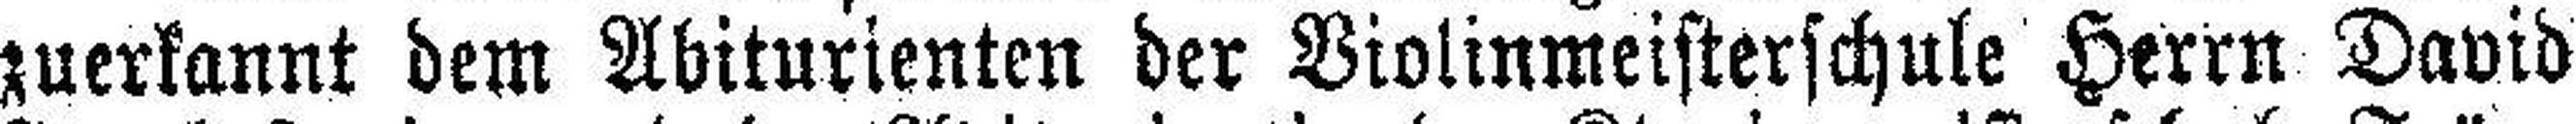
zuerkannt dem Abiturienten der Violinmeisterschule Herrn David